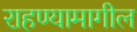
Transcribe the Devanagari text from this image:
राहण्यामागील